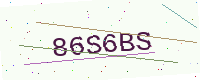
Text: 86S6BS